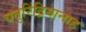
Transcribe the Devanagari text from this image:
चतुरिंद्रियानाह